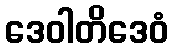
ဒေဝါတိဒေဝံ